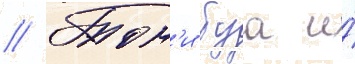
// Тон'и буа и́